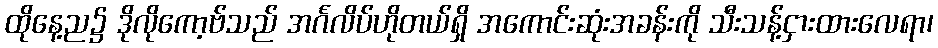
ထိုနေ့ည၌ ဒိုလိုကော့ဗ်သည် အင်္ဂလိပ်ဟိုတယ်ရှိ အကောင်းဆုံးအခန်းကို သီးသန့်ငှားထားလေရာ၊